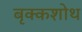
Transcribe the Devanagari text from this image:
बृक्कशोथ